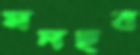
মনছব